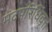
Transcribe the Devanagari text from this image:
मंदपरिधिवृत्त